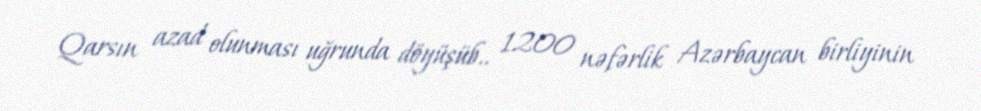
Qarsın azad olunması uğrunda döyüşüb.. 1200 nəfərlik Azərbaycan birliyinin